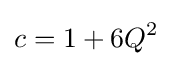
c=1+6Q^{2}